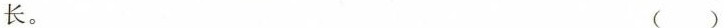
长。 ()